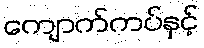
ကျောက်ကပ်နှင့်